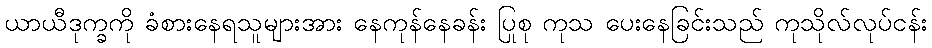
ယာယီဒုက္ခကို ခံစားနေရသူများအား နေကုန်နေခန်း ပြုစု ကုသ ပေးနေခြင်းသည် ကုသိုလ်လုပ်ငန်း